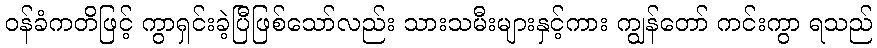
ဝန်ခံကတိဖြင့် ကွာရှင်းခဲ့ပြီဖြစ်သော်လည်း သားသမီးများနှင့်ကား ကျွန်တော် ကင်းကွာ ရသည်